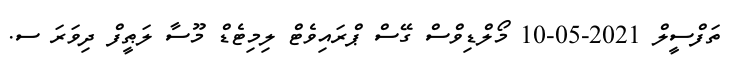
ތަފްސީލް 2021-05-10 މޯލްޑިވްސް ގޭސް ޕްރައިވެޓް ލިމިޓެޑް މޫސާ ލަޠީފް ދިވަރަ ސ.